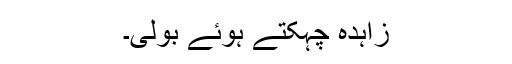
زاہدہ چہکتے ہوئے بولی۔